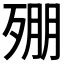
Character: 𣨥